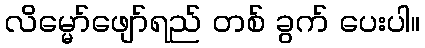
လိမ္မော်ဖျော်ရည် တစ် ခွက် ပေးပါ။